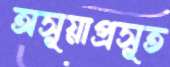
অসূয়াপ্রসূত